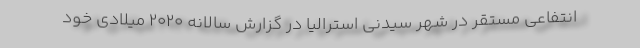
انتفاعی مستقر در شهر سیدنی استرالیا در گزارش سالانه ۲۰۲۰ میلادی خود